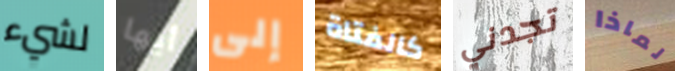
لشيء أيها إلى كالفتاة تجدني لماذا